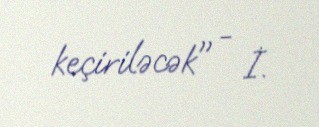
keçiriləcək" - İ.